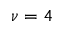
\nu = 4